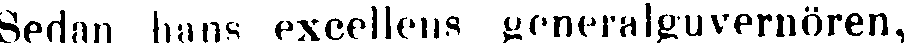
Sednn hans excellens generalguvernören,